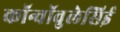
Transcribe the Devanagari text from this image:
कॉन्वॉवुलेसिई